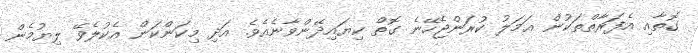
ގޮތާއި އެފަރާތްތަކުން ޢަމަލު ކުރަންޖެހޭނެ ގޮތް ކިޔައިދޭންވާނެއެވެ. އަދި މިކަންކަން އެކުލެވޭ ލިޔުމެން